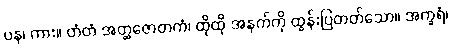
ပန၊ ကား။ တံတံ အတ္ထဇောတကံ၊ ထိုထို အနက်ကို ထွန်းပြတတ်သော။ အက္ခရံ၊